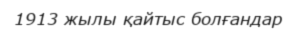
1913 жылы қайтыс болғандар